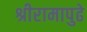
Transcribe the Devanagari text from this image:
श्रीरामापुढे